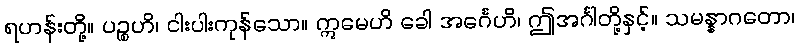
ရဟန်းတို့။ ပဉ္စဟိ၊ ငါးပါးကုန်သော။ ဣမေဟိ ခေါ အင်္ဂေဟိ၊ ဤအင်္ဂါတို့နှင့်။ သမန္နာဂတော၊